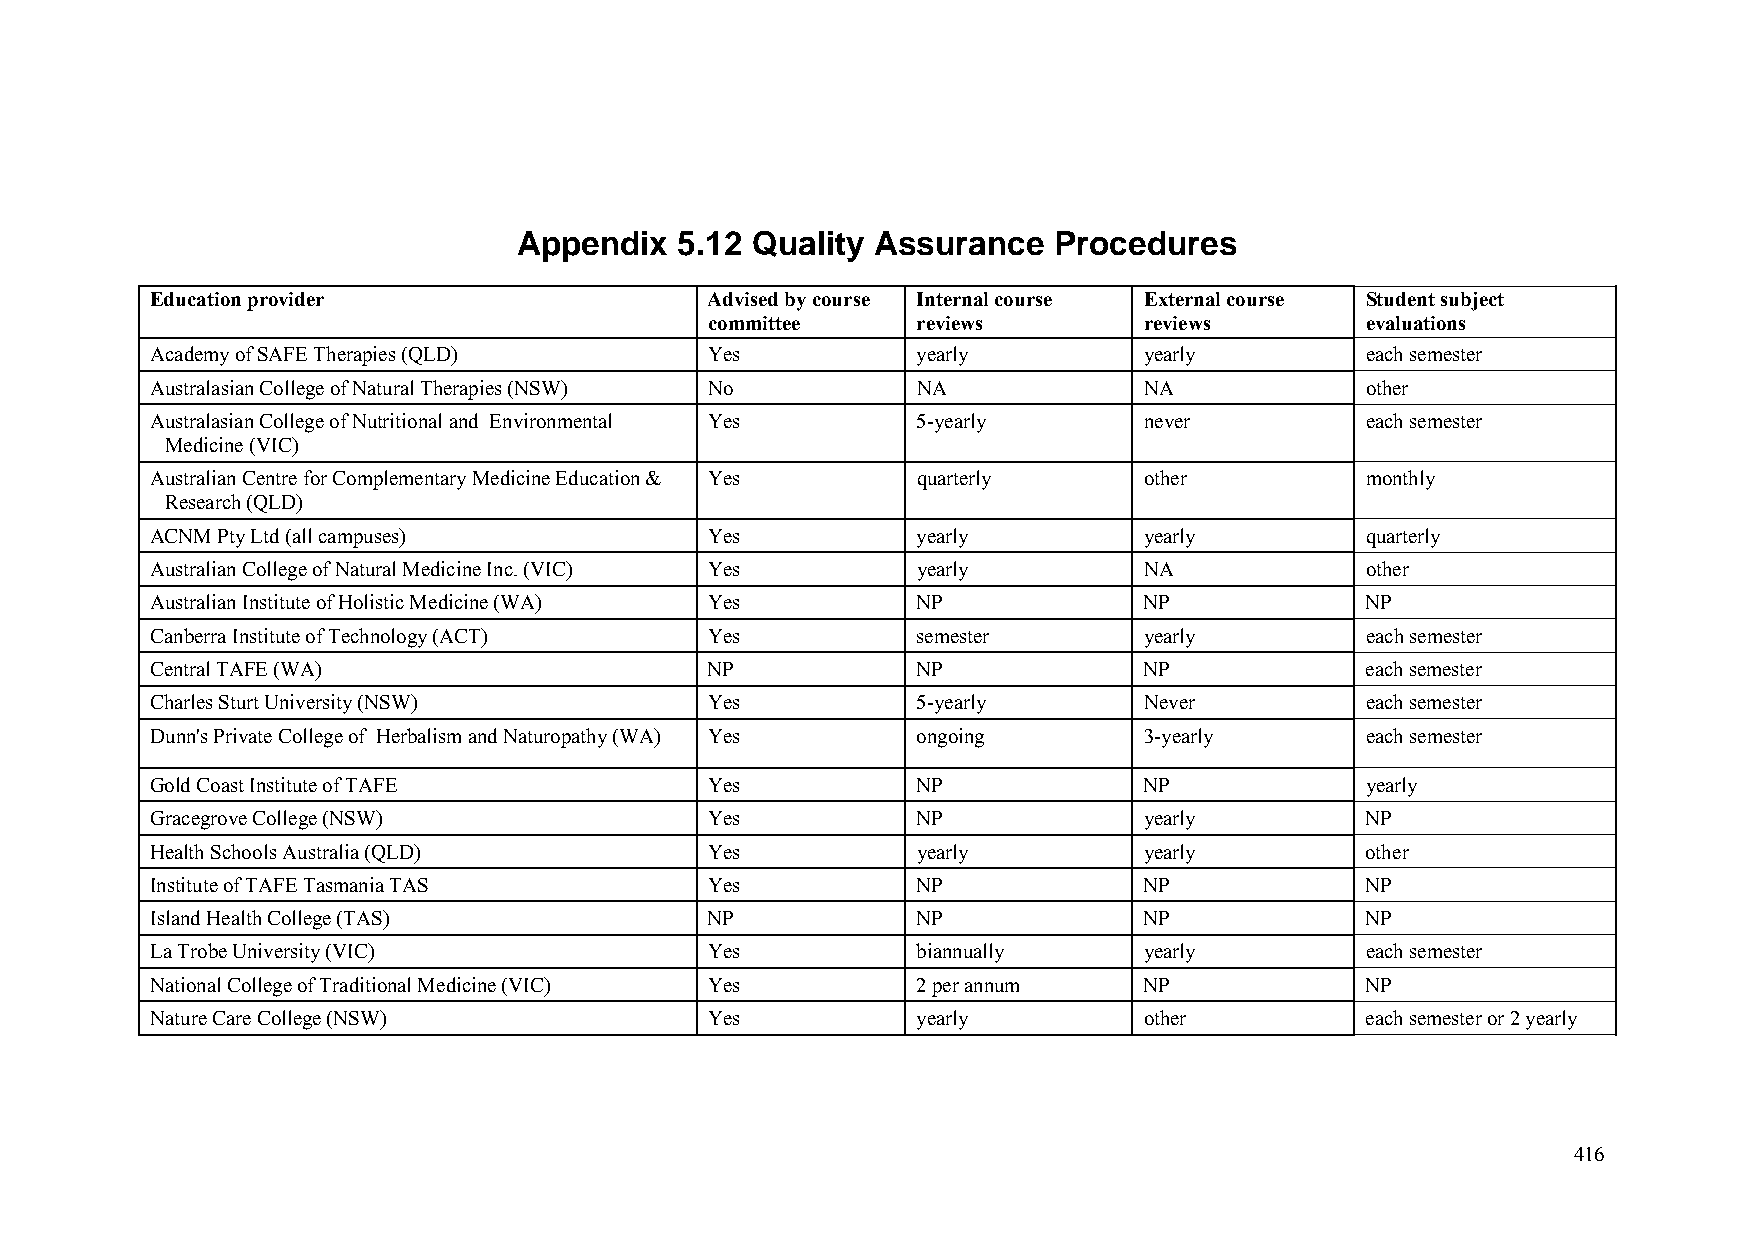
Appendix   5.12 Quality Assurance   Procedures
 Education provider                   Advised by course Internal course External course Student subject
 committee     reviews        reviews       evaluations
 Academy of SAFE Therapies (QLD)      Yes           yearly         yearly        each semester
 Australasian College of Natural Therapies (NSW) No NA             NA            other
 Australasian College of Nutritional and Environmental Yes 5-yearly never        each semester
 Medicine (VIC)
 Australian Centre for Complementary Medicine Education & Yes quarterly other    monthly
 Research (QLD)
 ACNM Pty Ltd (all campuses)          Yes           yearly         yearly        quarterly
 Australian College of Natural Medicine Inc. (VIC) Yes yearly      NA            other
 Australian Institute of Holistic Medicine (WA) Yes NP             NP            NP
 Canberra Institute of Technology (ACT) Yes         semester       yearly        each semester
 Central TAFE (WA)                    NP            NP             NP            each semester
 Charles Sturt University (NSW)       Yes           5-yearly       Never         each semester
 Dunn's Private College of Herbalism and Naturopathy (WA) Yes ongoing 3-yearly   each semester
 Gold Coast Institute of TAFE         Yes           NP             NP            yearly
 Gracegrove College (NSW)             Yes           NP             yearly        NP
 Health Schools Australia (QLD)       Yes           yearly         yearly        other
 Institute of TAFE Tasmania TAS       Yes           NP             NP            NP
 Island Health College (TAS)          NP            NP             NP            NP
 La Trobe University (VIC)            Yes           biannually     yearly        each semester
 National College of Traditional Medicine (VIC) Yes 2 per annum    NP            NP
 Nature Care College (NSW)            Yes           yearly         other         each semester or 2 yearly
 416